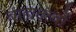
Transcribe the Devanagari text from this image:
बाह्यतत्वों